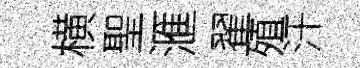
横聖滙翟殖汗